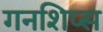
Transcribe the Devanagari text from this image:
गनशिप्स